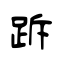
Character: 跅